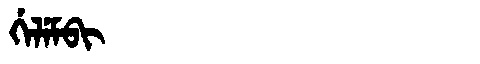
Manchu: ᡤᡝᠯᡝᠮᠪᡳ
Romanization: GELEMBI